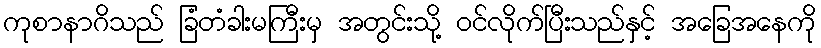
ကုစာနာဂိသည် ခြံတံခါးမကြီးမှ အတွင်းသို့ ဝင်လိုက်ပြီးသည်နှင့် အခြေအနေကို